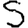
Digit: 5